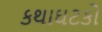
કથાઘટકો